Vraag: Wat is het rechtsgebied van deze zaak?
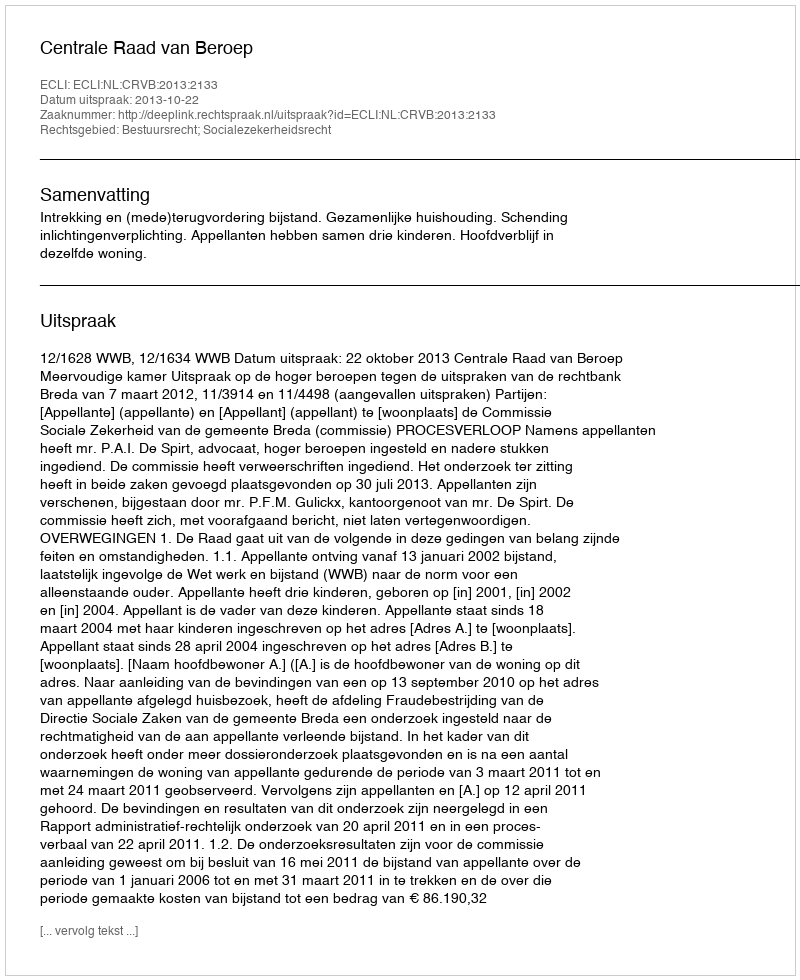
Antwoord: Bestuursrecht; Socialezekerheidsrecht